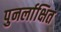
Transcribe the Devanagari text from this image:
पुनर्लाक्षित